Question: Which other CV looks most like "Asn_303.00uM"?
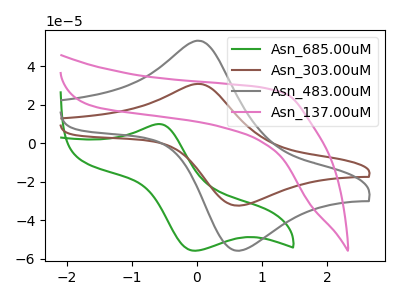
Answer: <think>The green curve "Asn_685.00uM" has an anodic peak at (-0.55V, 10.05uA) and a cathodic peak at (0.00V, -55.80uA). The brown curve "Asn_303.00uM" has an anodic peak at (0.05V, 30.95uA) and a cathodic peak at (0.60V, -32.25uA). The gray curve "Asn_483.00uM" has an anodic peak at (0.05V, 53.35uA) and a cathodic peak at (0.60V, -55.65uA). The pink curve "Asn_137.00uM" has no peaks.
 "Asn_685.00uM" and "Asn_303.00uM" have at least one peak that do not match. "Asn_685.00uM" and "Asn_483.00uM" have at least one peak that do not match. "Asn_685.00uM" and "Asn_137.00uM" have a different number of peaks. All the peaks in "Asn_303.00uM" have a peak in "Asn_483.00uM" at the same potential. Every peak in "Asn_303.00uM" is lower than every peak in "Asn_483.00uM". "Asn_303.00uM" and "Asn_137.00uM" have a different number of peaks. "Asn_483.00uM" and "Asn_137.00uM" have a different number of peaks.</think>
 <answer>The CV with the most similar shape to "Asn_483.00uM" is "Asn_303.00uM".</answer>
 <eval>"Asn_303.00uM"</eval>